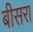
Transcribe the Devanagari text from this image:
बीसरा